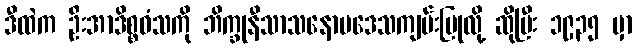
ဒီထဲက ဦးအာဒိစ္စဝံသကို ဘိက္ခုနီသာသနောပဒေသကျမ်းပြုလို့ ဆိုပြီး ၁၉၃၅ မှာ